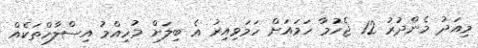
މިއަދު މެންދުރު 12 ޖެހުމާ ހަމައަށް ހަމަވިއިރު އެ ބިލަށް މުހިއްމު އިސްލާހްތަކެއް